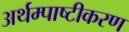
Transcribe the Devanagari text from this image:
अर्थम्पाष्टीकरण